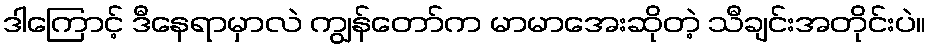
ဒါကြောင့် ဒီနေရာမှာလဲ ကျွန်တော်က မာမာအေးဆိုတဲ့ သီချင်းအတိုင်းပဲ။